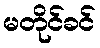
မတိုင်ခင်